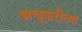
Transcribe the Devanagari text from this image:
अचूकरीत्या